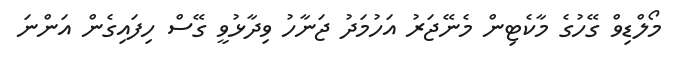
މޯލްޑިވް ގޭހުގެ މާކެޓިން މެނޭޖަރު އަހުމަދު ޖަނާހު ވިދާޅުވީ ގޭސް ހިފައިގެން އަންނަ